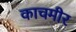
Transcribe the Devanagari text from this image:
काचमीर